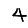
Digit: 4